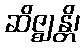
ဆိဇ္ဈန္တိ၊